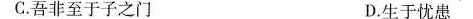
C.吾非至于子之门 D.生于忧患